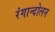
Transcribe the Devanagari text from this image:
रंगान्दोलन